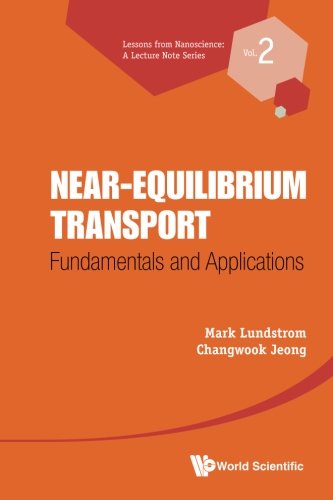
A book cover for Near-equilibrium Transport: Fundamentals and Applications (Lessons from Nanoscience: A Lecture Note) (Volume 2); Mark S Lundstrom; Science & Math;